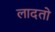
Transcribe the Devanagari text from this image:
लादतो